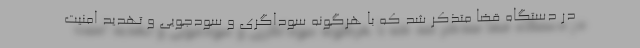
در دستگاه قضا متذکر شد که با هرگونه سوداگری و سودجویی و تهدید امنیت